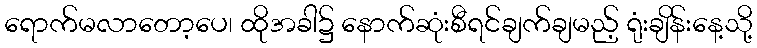
ရောက်မလာတော့ပေ၊ ထိုအခါ၌ နောက်ဆုံးစီရင်ချက်ချမည့် ရုံးချိန်းနေ့သို့